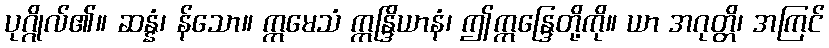
ပုဂ္ဂိုလ်၏။ ဆန္နံ၊ န်သော။ ဣမေသံ ဣန္ဒြိယာနံ၊ ဤဣန္ဒြေတို့ကို။ ယာ အဂုတ္တိ၊ အကြင်